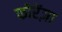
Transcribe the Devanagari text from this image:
फोरेंज़ा